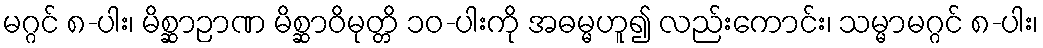
မဂ္ဂင် ၈-ပါး၊ မိစ္ဆာဉာဏ မိစ္ဆာဝိမုတ္တိ ၁၀-ပါးကို အဓမ္မဟူ၍ လည်းကောင်း၊ သမ္မာမဂ္ဂင် ၈-ပါး၊